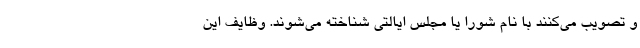
و تصویب می‌کنند با نام شورا یا مجلس ایالتی شناخته می‌شوند. وظایف این